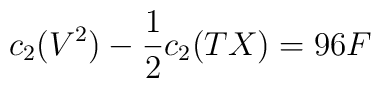
c_{2}(V^{2})-\frac{1}{2}c_{2}(TX)=96F